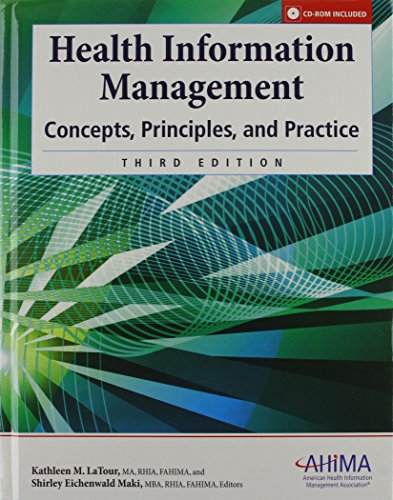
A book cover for Health Information Management: Concepts, Principles, and Practice, Third Edition; Kathleen M. LaTour; Medical Books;